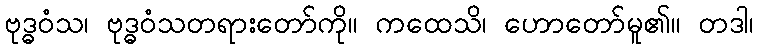
ဗုဒ္ဓဝံသ၊ ဗုဒ္ဓဝံသတရားတော်ကို။ ကထေသိ၊ ဟောတော်မူ၏။ တဒါ၊